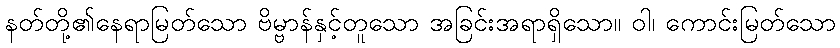
နတ်တို့၏နေရာမြတ်သော ဗိမ္ဗာန်နှင့်တူသော အခြင်းအရာရှိသော။ ဝါ၊ ကောင်းမြတ်သော